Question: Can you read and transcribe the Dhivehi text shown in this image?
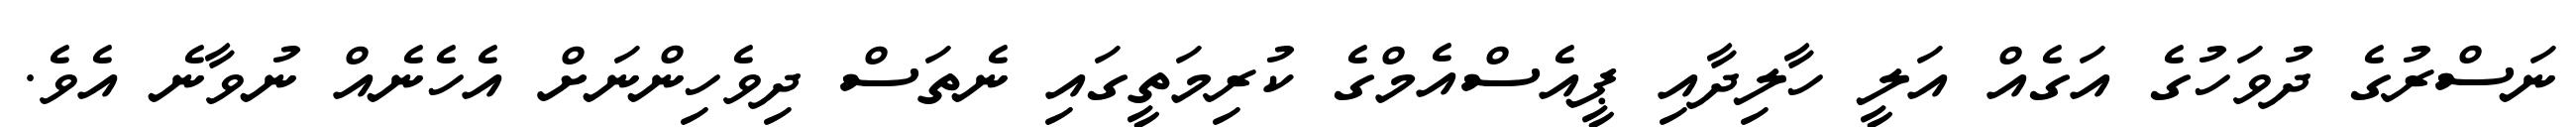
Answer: ނަސްރުގެ ދުވަހުގެ އަގެއް އަލީ ހާލިދާއި ޕީއެސްއެމްގެ ކުރިމަތީގައި ނެތަސް ދިވެހިންނަށް އެހެނެއް ނުވާނެ އެވެ.